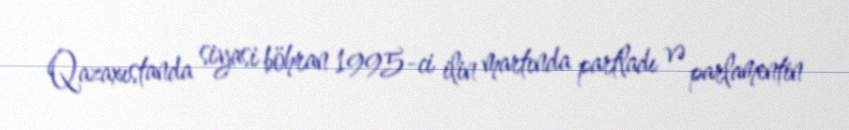
Qazaxıstanda siyasi böhran 1995-ci ilin martında partladı və parlamentin